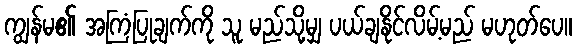
ကျွန်မ၏ အကြံပြုချက်ကို သူ မည်သို့မျှ ပယ်ချနိုင်လိမ့်မည် မဟုတ်ပေ။